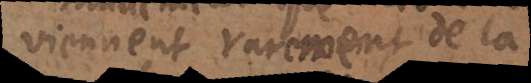
viennent rarement de la